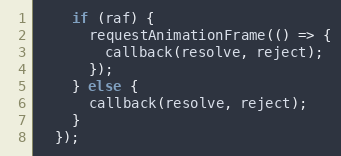
Language: JavaScript
    if (raf) {
      requestAnimationFrame(() => {
        callback(resolve, reject);
      });
    } else {
      callback(resolve, reject);
    }
  });